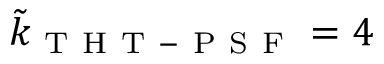
\tilde { k } _ { \mathrm { ~ T ~ H ~ T ~ - ~ P ~ S ~ F ~ } } = 4